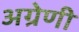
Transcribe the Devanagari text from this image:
अग्रेणी